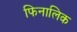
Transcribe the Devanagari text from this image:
फिनालिक